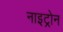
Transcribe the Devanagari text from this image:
नाइट्रोन